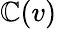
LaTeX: \mathbb{C}(v)